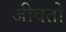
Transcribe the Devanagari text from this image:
जीवतो